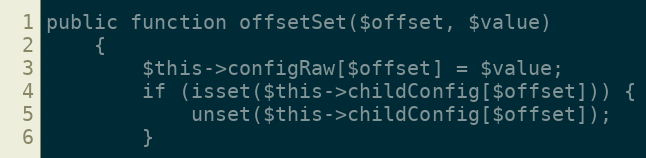
Language: PHP
public function offsetSet($offset, $value)
    {
        $this->configRaw[$offset] = $value;
        if (isset($this->childConfig[$offset])) {
            unset($this->childConfig[$offset]);
        }